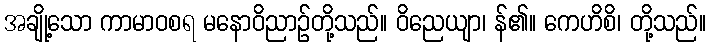
အချို့သော ကာမာဝစရ မနောဝိညာဉ်တို့သည်။ ဝိညေယျာ၊ န်၏။ ကေဟိစိ၊ တို့သည်။